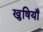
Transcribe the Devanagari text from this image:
खुषियाँ